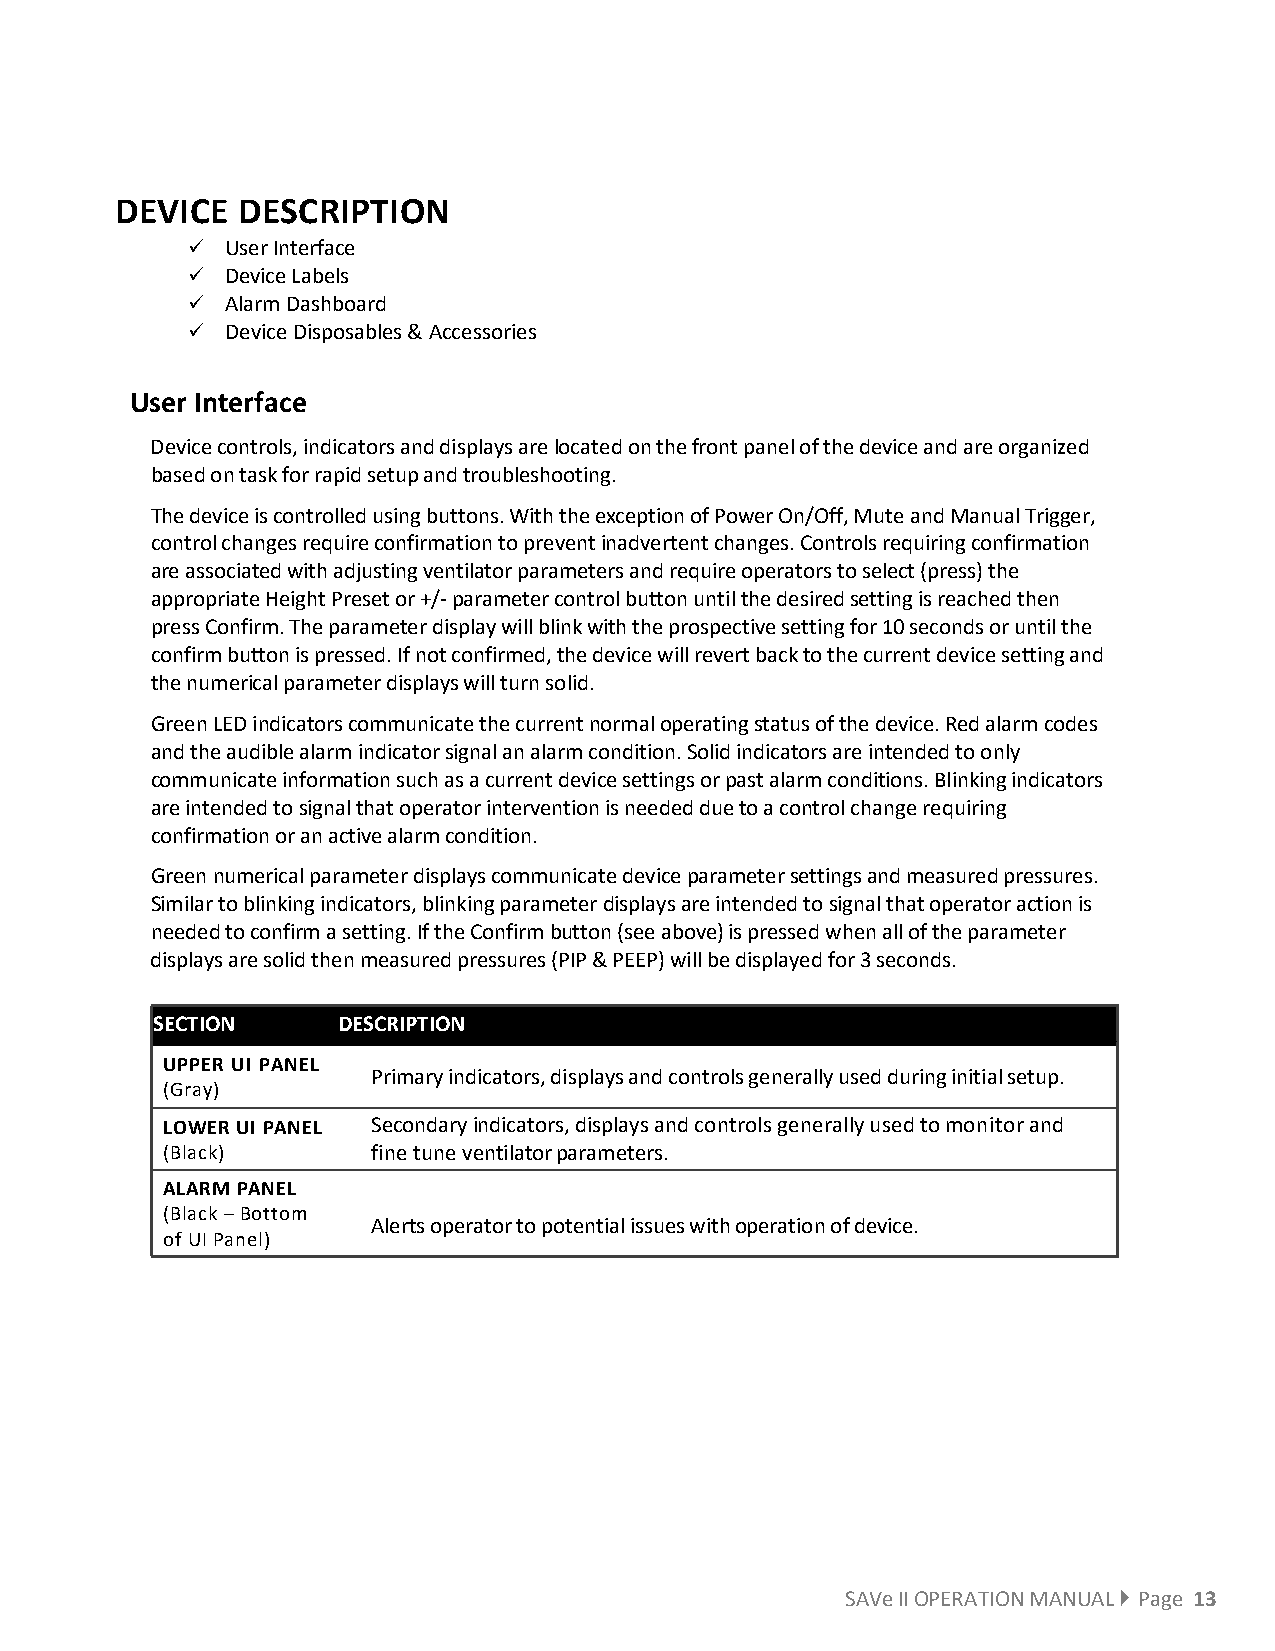
DEVICE  DESCRIPTION
   User Interface
   Device Labels
   Alarm Dashboard
   Device Disposables & Accessories
 User Interface
 Device controls, indicators and displays are located on the front panel of the device and are organized
 based on task for rapid setup and troubleshooting.
 The device is controlled using buttons. With the exception of Power On/Off, Mute and Manual Trigger,
 control changes require confirmation to prevent inadvertent changes. Controls requiring confirmation
 are associated with adjusting ventilator parameters and require operators to select (press) the
 appropriate Height Preset or +/- parameter control button until the desired setting is reached then
 press Confirm. The parameter display will blink with the prospective setting for 10 seconds or until the
 confirm button is pressed. If not confirmed, the device will revert back to the current device setting and
 the numerical parameter displays will turn solid.
 Green LED indicators communicate the current normal operating status of the device. Red alarm codes
 and the audible alarm indicator signal an alarm condition. Solid indicators are intended to only
 communicate information such as a current device settings or past alarm conditions. Blinking indicators
 are intended to signal that operator intervention is needed due to a control change requiring
 confirmation or an active alarm condition.
 Green numerical parameter displays communicate device parameter settings and measured pressures.
 Similar to blinking indicators, blinking parameter displays are intended to signal that operator action is
 needed to confirm a setting. If the Confirm button (see above) is pressed when all of the parameter
 displays are solid then measured pressures (PIP & PEEP) will be displayed for 3 seconds.
 SECTION     DESCRIPTION
 UPPER UI PANEL
 Primary indicators, displays and controls generally used during initial setup.
 (Gray)
 LOWER UI PANEL Secondary indicators, displays and controls generally used to monitor and
 (Black)       fine tune ventilator parameters.
 ALARM PANEL
 (Black – Bottom
 Alerts operator to potential issues with operation of device.
 of UI Panel)
 SAVe II OPERATION MANUAL  Page 13